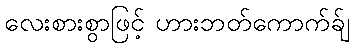
လေးစားစွာဖြင့် ဟားဘတ်ကောက်ခ်ျ